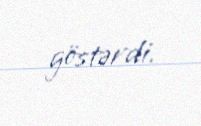
göstərdi.